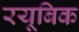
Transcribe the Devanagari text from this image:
रयूबिक